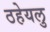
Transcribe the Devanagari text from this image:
ठहेयलु